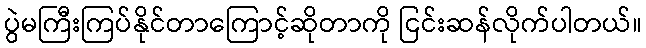
ပွဲမကြီးကြပ်နိုင်တာကြောင့်ဆိုတာကို ငြင်းဆန်လိုက်ပါတယ်။